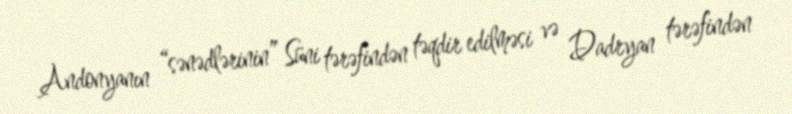
Andonyanın “sənədlərinin” Süni tərəfindən təqdir edilməsi və Dadryan tərəfindən